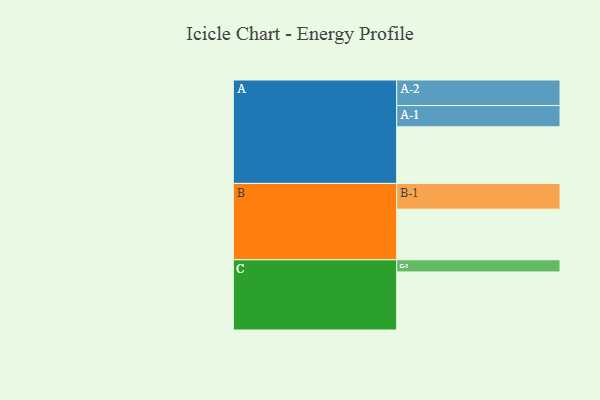
{"axis": {"x": "Segment", "y": "Value"}, "legend": ["", "A", "B", "C"], "data": [{"x": "A", "y": 578, "type": ""}, {"x": "B", "y": 517, "type": ""}, {"x": "C", "y": 593, "type": ""}, {"x": "A-1", "y": 217, "type": "A"}, {"x": "A-2", "y": 261, "type": "A"}, {"x": "B-1", "y": 263, "type": "B"}, {"x": "C-1", "y": 124, "type": "C"}]}